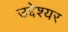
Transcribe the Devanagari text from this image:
उद्देश्यर